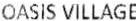
OASIS VILLAGE